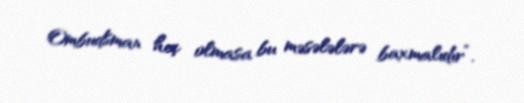
Ombudsman heç olmasa bu məsələlərə baxmalıdır”.